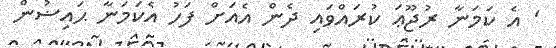
' އެ ކަމަނާ ރުޖޫޢަ ކުރައްވައި ދެން އެއަށް ފަހު އެކަމަނާ ޙައިޟުން